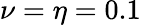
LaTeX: \nu=\eta=0.1